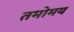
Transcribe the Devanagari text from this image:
तमोमय